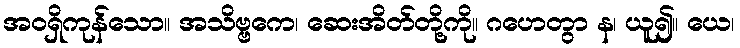
အဝရှိကုန်သော။ အသိဗ္ဗကေ၊ ဆေးအိတ်တို့ကို။ ဂဟေတွာ န၊ ယူ၍။ ယေ၊